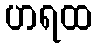
ဟရထ